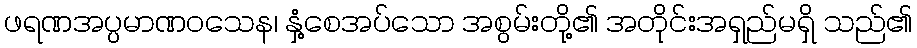
ဖရဏအပ္ပမာဏဝသေန၊ နှံ့စေအပ်သော အစွမ်းတို့၏ အတိုင်းအရှည်မရှိ သည်၏